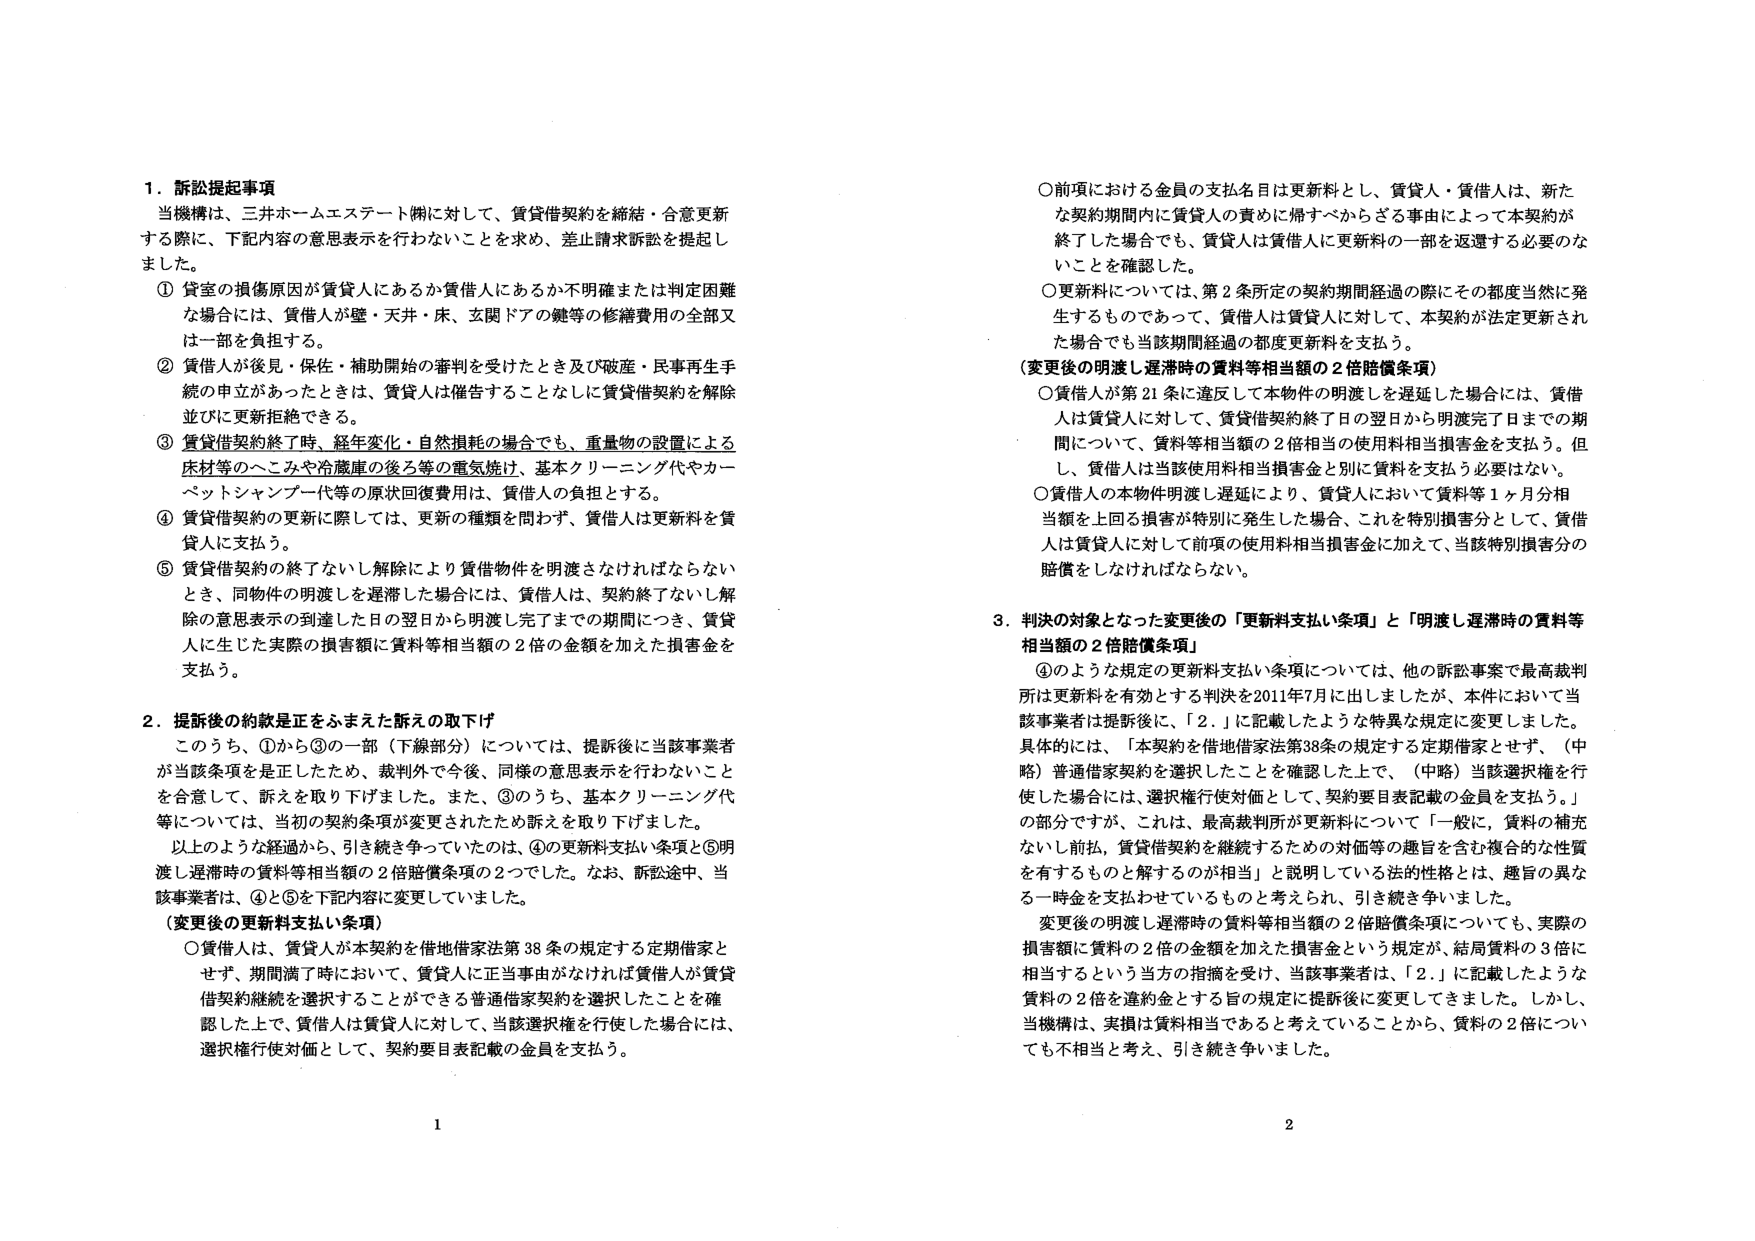
1. 訴訟提起事項
当機構は、三井ホームエステート㈱に対して、賃貸借契約を締結・合意更新する際に、下記内容の意思表示を行わないことを求め、差止請求訴訟を提起しました。
① 賃室の損傷原因が賃貸人にあるか賃借人にあるか不明確または判定困難な場合には、賃借人が壁・天井・床・玄関ドアの鍵等の修繕費用の全部又は一部を負担する。
② 賃借人が後見・保佐・補助開始の審判を受けたとき及び破産・民事再生手続の申立があったときは、賃貸人は催告することなしに賃貸借契約を解除並びに更新拒絶できる。
③ 賃貸借契約終了時、経年変化・自然損耗の場合でも、重量物の設置による床材等のへこみや冷蔵庫の後ろ等の電気焼け、基本クリーニング代やカーペットシャンプー代等の原状回復費用は、賃借人の負担とする。
④ 賃貸借契約の更新に際しては、更新の種類を問わず、賃借人は更新料を賃貸人に支払う。
⑤ 賃貸借契約の終了しない解除により賃貸物件を明渡さなければならないとき、同物件の明渡しを遅滞した場合には、賃借人は、契約終了ないし解除の意思表示の到達した日の翌日から明渡し完了までの期間につき、賃貸人に生じた実際の損害額に賃料等相当額の2倍の金額を加えた損害金を支払う。

2. 提訴後の約款は正をふまえた訴えの取下げ
このうち、①から③の一部（下線部分）については、提訴後に当該事業者が当該条項を是正したため、裁判外で今後、同様の意思表示を行わないことを合意して、訴えを取り下げました。また、③のうち、基本クリーニング代等については、当初の契約条項が変更されたため訴えを取り下げました。
以上のような経過から、引き続き争っていたのは、④の更新料支払い条項と⑤明渡し遅滞時の賃料等相当額の2倍賠償条項の2つでした。なお、訴訟途中、当該事業者は、④と⑤を下記内容に変更していました。
（変更後の更新料支払い条項）
○賃借人は、賃貸人が契約を借地借家法第38条の規定する定期借家とせず、期間満了時において、賃貸人に正当事由がなければ賃借人が賃貸借契約継続を選択することができる普通借家契約を選択したことを確認した上で、賃借人は賃貸人に対して、当該選択権を行使した場合には、選択権行使対価として、契約要目表記載の金員を支払う。

○前項における金員の支払名目は更新料とし、賃貸人・賃借人は、新たな契約期間内に賃貸人の責めに帰すべきからざる事由によって本契約が終了した場合でも、賃貸人は賃借人に更新料の一部を返還する必要のないことを確認した。
○更新料については、第2条所定の契約期間経過の際にその都度当然に発生するものであって、賃借人は賃貸人に対して、本契約が法定更新された場合でも当該期間経過の都度更新料を支払う。
（変更後の明渡し遅滞時の賃料等相当額の2倍賠償条項）
○賃借人が第21条に違反して本物件の明渡しを遅延した場合には、賃借人は賃貸人に対して、賃貸借契約終了日の翌日から明渡完了日までの期間について、賃料等相当額の2倍相当の使用料相当損害金を支払う。但し、賃借人は当該使用料相当損害金と別に賃料を支払う必要はない。
○賃借人の本物件明渡し遅延により、賃貸人において賃料等1ヶ月分相当額を上回る損害が特別に発生した場合、これを特別損害分として、賃借人は賃貸人に対して前項の使用料相当損害金に加えて、当該特別損害分の賠償をしなければならない。

3. 判決の対象となった変更後の「更新料支払い条項」と「明渡し遅滞時の賃料等相当額の2倍賠償条項」
④のような規定の更新料支払い条項については、他の訴訟事案で最高裁判所は更新料を有効とする判決を2011年7月に出しましたが、本件において当該事業者は提訴後に、「2.」に記載したような特異な規定に変更しました。具体的には、「本契約を借地借家法第38条の規定する定期借家とせず、（中略）普通借家契約を選択したことを確認した上で、（中略）当該選択権を行使した場合には、選択権行使対価として、契約要目表記載の金員を支払う。」の部分ですが、これは、最高裁判所が更新料について「一般に、賃料の補充ないし前払、賃貸借契約を継続するための対価等の趣旨を含む複合的な性質を有するものと解するのが相当」と説明している法的性格とは、趣旨の異なる一時金を支払わせているものと考えられ、引き続き争いました。
変更後の明渡し遅滞時の賃料等相当額の2倍賠償条項についても、実際の損害額に賃料の2倍の金額を加えた損害金という規定が、結局賃料の3倍に相当するという当方の指摘を受け、当該事業者は、「2.」に記載したような賃料の2倍を違約金とする旨の規定に提訴後に変更してきました。しかし、当機構は、実損は賃料相当であると考えていることから、賃料の2倍についても不相当と考え、引き続き争いました。